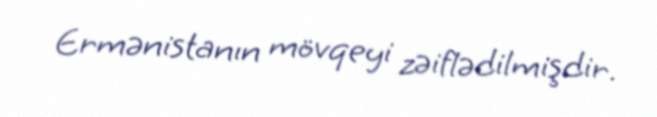
Ermənistanın mövqeyi zəiflədilmişdir.